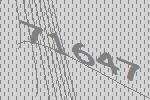
71647